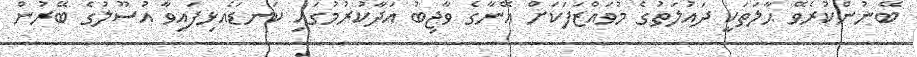
ބޭނުންކުރެވޭ ޙާލަތަކީ ދައުލަތުގެ މުވައްޒަފަކަށް އޭނާގެ ވާޖިބު އަދާކުރުމުގައި ކަނޑައެޅިފައިވާ އުސޫލުގެ ބޭރުން